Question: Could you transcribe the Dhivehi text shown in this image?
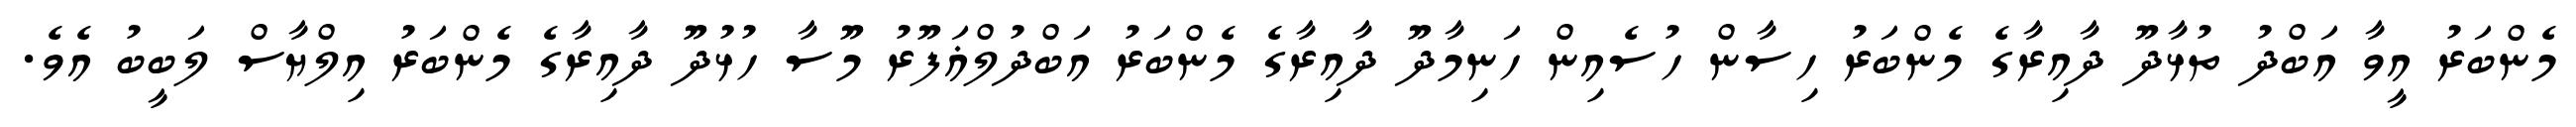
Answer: މެންބަރު އީވާ އަބްދު ތުޅާދޫ ދާއިރާގެ މެންބަރު ހިސާން ހުސެއިން ހަނިމާދޫ ދާއިރާގެ މެންބަރު އަބްދުލްޣަފޫރު މޫސާ ހުޅުދޫ ދާއިރާގެ މެންބަރު އިލްޔާސް ލަބީބު އެވެ.